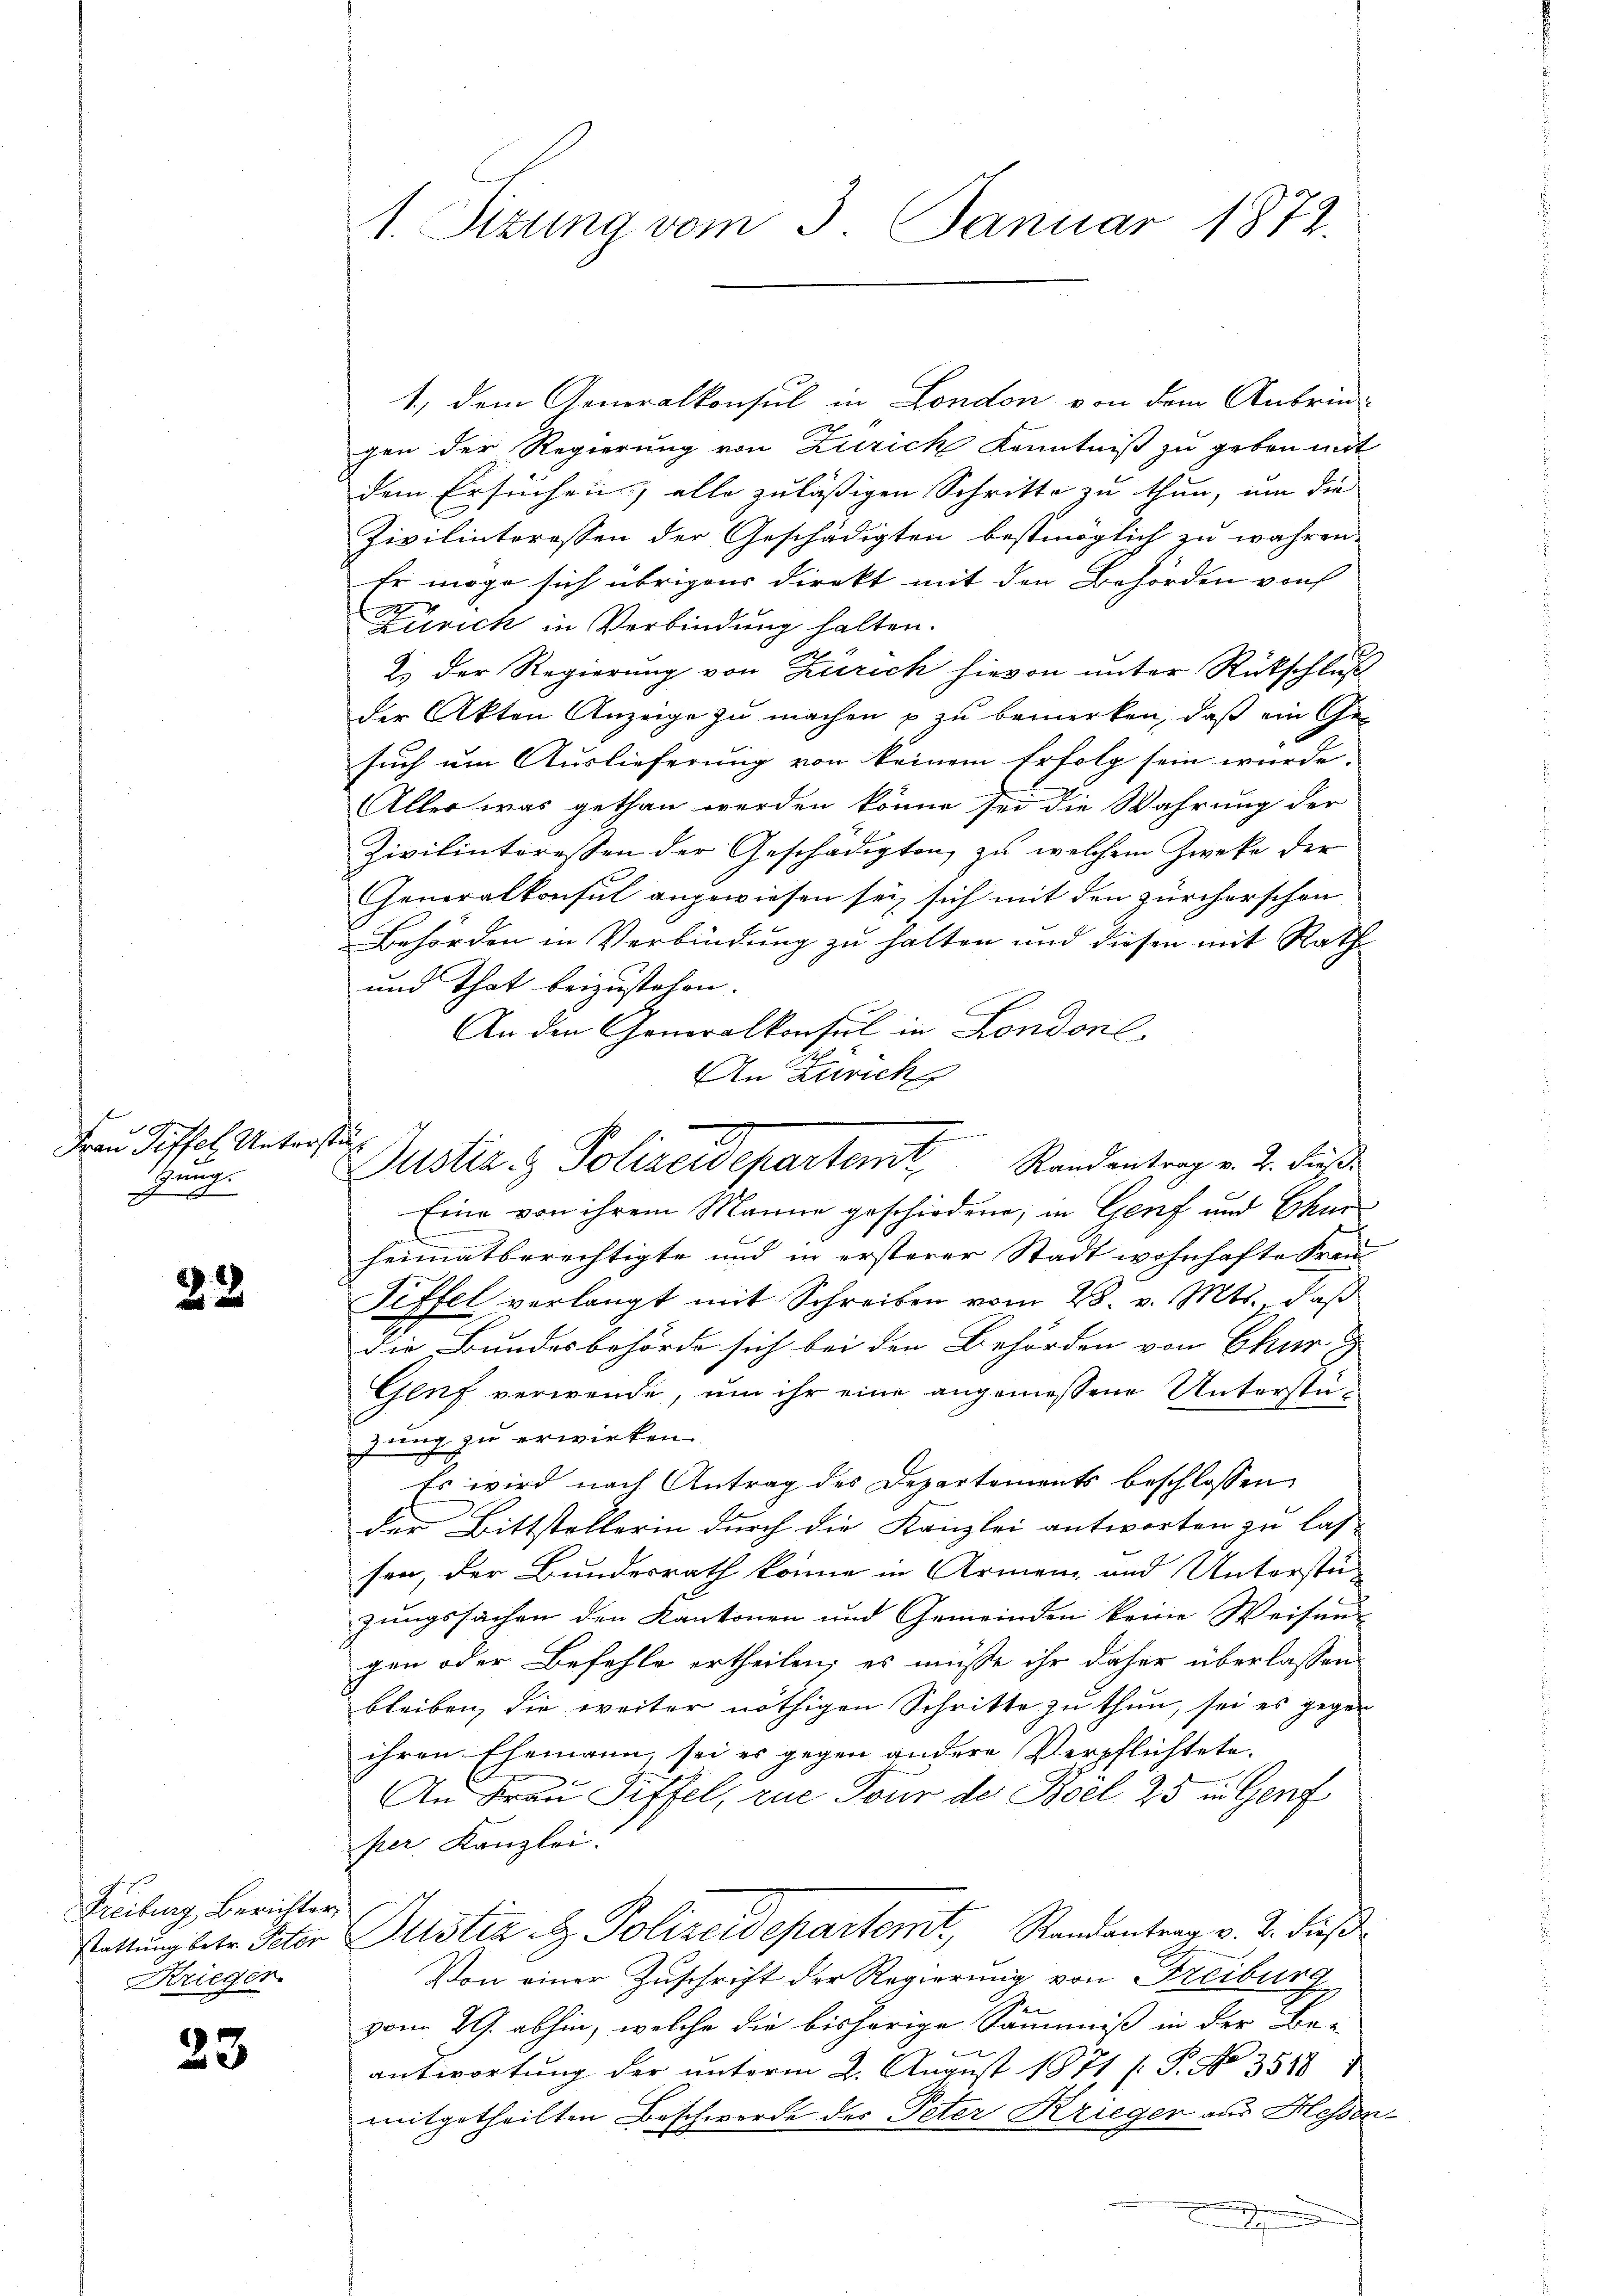
Frau Pittel. Unters.
Zung.
J

22

Freiburg, Berichter
stattung betr. Peter
Kriegen.

23

1. Sitzung vom 3. Januar 1872.

1., dem Generalkonsul in London von dem Anbringen der Regierung von Zürich Kenntniß zu geben mit
dem Ersuchen alle zulässigen Schritte zu thun, um die
Zivilinterossen der Geschädigten bestmöglich zu währen.
Er möge sich übrigens direkt mit den Behörden von
Zürich in Verbindung halten.
2) der Regierung von Zürich hievon unter Rückschluß
der Akten Anzeige zu machen p zu bemerken, daß ein Ge-
such um Auslieferung von keinem Erfolg sein würde.
Aller was gethan werden könne sei die Wahrung der
Zivilinteressen der Geschädigten, zu welchem Zweke der
Generalkonsul angewiesen sei, sich mit den zürcherschon
Behörden in Verbindung zu halten und diesen mit Rath
und That beizustehen.
An den Generalkonsul in Londonl
An Zürich
Eine von ihrem Manne geschiedene, in Genf und Thur
heimatberechtigte und in ersterer Stadt wohnhafte Frau
Fiffel verlangt mit Schreiben vom 28. v. Mts. daß
die Bundesbehörde sich bei den Behörden von Chur
Genf verwende, um ihr eine angemessene Unterstüzung zu erwirken.
Es wird nach Antrag des Departements beschlossen
der Bittstellerin durch die Kanzlei antworten zu las-
sen, der Bundesrath könne in Armen- und Unterstü-
zungssachen den Kantonen und Gemeinden keine Weisen-
gen oder Befehle ertheilen; es müsse ihr daher überlassen.
bleiben, die weiter nöthigen Schritte zu thun, sei es gegen
ihren Ehemann, sei es gegen andere Verpflichtete.
An Frau Piffel, zue Tour de Boel 25 in Genf
per Kanzlei.
Justiz- & Polizeidepartemt, Randantrag v. J. dieß
Von einer Zuschrift der Regierung von Freiburg
vom 29. abhin, welche die bisherige Säumniß in der Be-
antwortung der ŭnterm 2. August 1871 s. S. No 3518
mitgetheilten Beschwerde des Peter Krieger aus Hesser
g

.
schr
Justiz & Polizeidepartem Randantrag v. 2. dieß